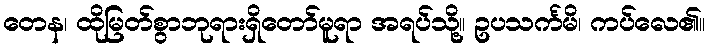
တေန၊ ထိုမြတ်စွာဘုရားရှိတော်မူရာ အရပ်သို့။ ဥပသင်္ကမိ၊ ကပ်လေ၏။